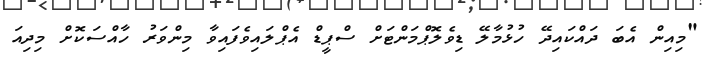
"މިއިން އެބަ ދައްކައިދޭ ހުޅުމާލޭ ޑިވެލޮޮޕްމަންޓަށް ސްޕީޑް އެޕްލައިވެފައިވާ މިންވަރު ހާއްސަކޮށް މިދިއަ